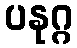
ပနုဂ္ဂ